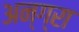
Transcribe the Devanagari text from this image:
अन्ग्रा